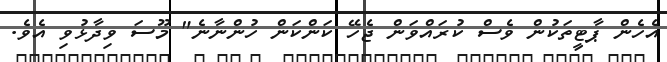
އެހެން ޕާޓީތަކުން ވެސް ކުރައްވަން ޖެހޭ ކަންކަން ހުންނާނެ" މޫސަ ވިދާޅުވި އެވެ.